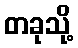
တခုသို့